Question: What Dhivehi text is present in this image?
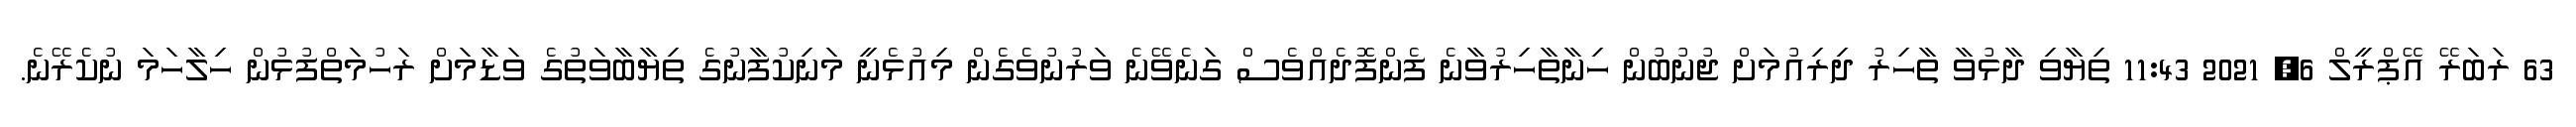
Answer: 63 ރަބަރޭ އޭޕްރީލް 6, 2021 11:43 ތިޔާވި ދާޅުވާ ތާހިރު ދިރިއުމަށް ޖުނުބުން ހިނާތާހިރުވާނެ ފެންފޮދެއްވެސް ގަނެވޭނެ ވަރުނުވެގެން މިއުޅެނީ މަނިކުފާނުގެ ތިޔާބާވަތުގެ ވަޑާމަށް ރަހުމަތްފުޅުން ހިލާހަމަ ނުކެރޭނެ.